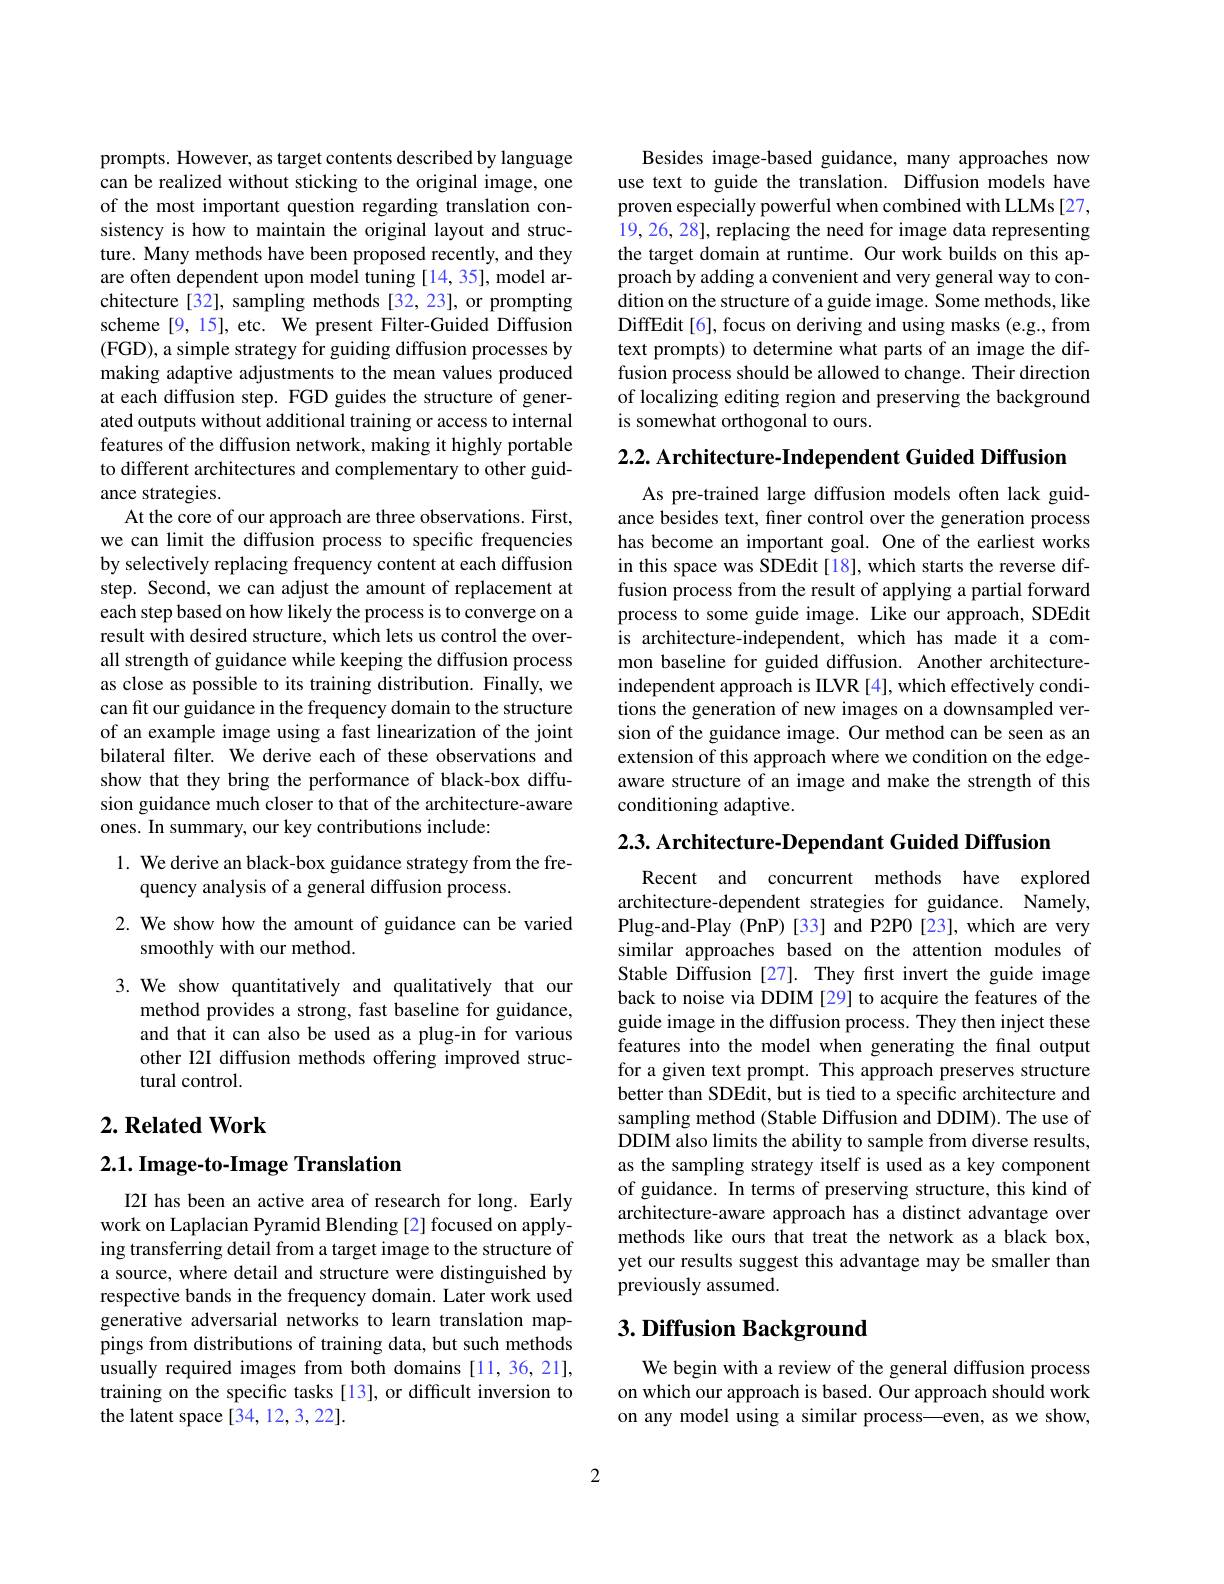
prompts. However, as target contents described by language can be realized without sticking to the original image, one of the most important question regarding translation consistency is how to maintain the original layout and structure. Many methods have been proposed recently, and they are often dependent upon model tuning [14,35], model architecture [32], sampling methods [32,23], or prompting scheme [9, 15], etc. We present Filter-Guided Diffusion (FGD), a simple strategy for guiding diffusion processes by making adaptive adjustments to the mean values produced at each diffusion step. FGD guides the structure of generated outputs without additional training or access to internal features of the diffusion network, making it highly portable to different architectures and complementary to other guidance strategies.
At the core of our approach are three observations. First, we can limit the diffusion process to specific frequencies by selectively replacing frequency content at each diffusion step. Second, we can adjust the amount of replacement at each step based on how likely the process is to converge on a result with desired structure, which lets us control the overall strength of guidance while keeping the diffusion process as close as possible to its training distribution. Finally, we can fit our guidance in the frequency domain to the structure of an example image using a fast linearization of the joint bilateral filter. We derive each of these observations and show that they bring the performance of black-box diffusion guidance much closer to that of the architecture-aware ones. In summary, our key contributions include:
1. We derive an black-box guidance strategy from the fre-

quency analysis of a general diffusion process.

2. We show how the amount of guidance can be varied
smoothly with our method.

3. We show quantitatively and qualitatively that our
method provides a strong, fast baseline for guidance, and that it can also be used as a plug-in for various other I2I diffusion methods offering improved structural control.

# $2. \textbf{ Related Work}$

2.1. Image-to-Image Translation

I2I has been an active area of research for long. Early work on Laplacian Pyramid Blending [2] focused on applying transferring detail from a target image to the structure of a source, where detail and structure were distinguished by respective bands in the frequency domain. Later work used generative adversarial networks to learn translation mappings from distributions of training data, but such methods usually required images from both domains [11,36,21], training on the specific tasks[13], or difficult inversion to the latent space [34,12,3,22].

Besides image-based guidance, many approaches now use text to guide the translation. Diffusion models have proven especially powerful when combined with LLMs[27, 19, 26, 28], replacing the need for image data representing the target domain at runtime. Our work builds on this approach by adding a convenient and very general way to condition on the structure of a guide image. Some methods, like DiffEdit[6], focus on deriving and using masks (e.g., from text prompts) to determine what parts of an image the diffusion process should be allowed to change. Their direction of localizing editing region and preserving the background is somewhat orthogonal to ours.

2.2. Architecture-Independent Guided Diffusion

As pre-trained large diffusion models often lack guidance besides text, finer control over the generation process has become an important goal. One of the earliest works in this space was SDEdit[18], which starts the reverse diffusion process from the result of applying a partial forward process to some guide image. Like our approach, SDEdit is architecture-independent, which has made it a common baseline for guided diffusion. Another architectureindependent approach is ILVR [4], which effectively conditions the generation of new images on a downsampled version of the guidance image. Our method can be seen as an extension of this approach where we condition on the edgeaware structure of an image and make the strength of this conditioning adaptive.

$2. 3. \textbf{ Architecture- Dependant Guided Diffusion}$

Recent and concurrent methods have explored architecture-dependent strategies for guidance. Namely, Plug-and-Play (PnP)[33] and P2P0[23], which are very similar approaches based on the attention modules of Stable Diffusion [27]. They fırst invert the guide image back to noise via DDIM [29] to acquire the features of the guide image in the diffusion process. They then inject these features into the model when generating the final output for a given text prompt. This approach preserves structure better than SDEdit, but is tied to a specific architecture and sampling method (Stable Diffusion and DDIM). The use of DDIM also limits the ability to sample from diverse results, as the sampling strategy itself is used as a key component of guidance. In terms of preserving structure, this kind of architecture-aware approach has a distinct advantage over methods like ours that treat the network as a black box, yet our results suggest this advantage may be smaller than previously assumed.

## $3. \textbf{Diffusion Background}$

We begin with a review of the general diffusion process on which our approach is based. Our approach should work on any model using a similar process—even, as we show,

2